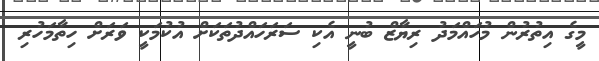
މީގެ އިތުރުން މުހައްމަދު ރިޔާޒް ބުނީ އެކި ސަރަހައްދުތަކަށް އުކުމަކީ ވަރަށް ހިތާމަހުރި